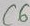
Text: C6